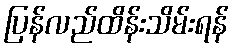
ပြန်လည်ထိန်းသိမ်းရန်